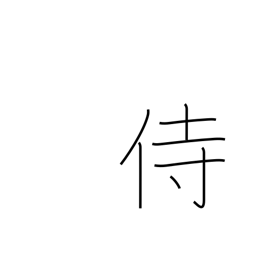
Meaning: serve